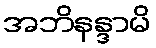
အဘိနန္ဒာမိ